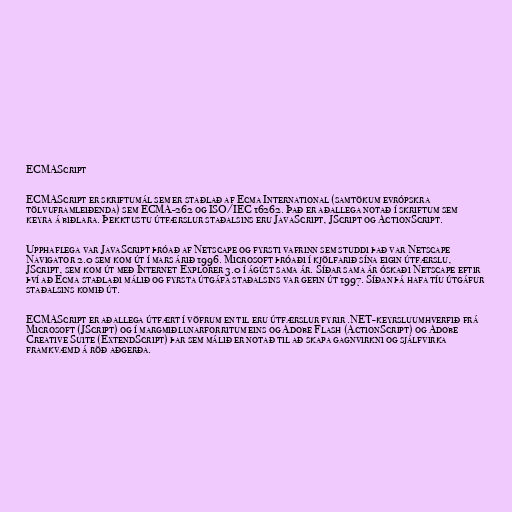
ECMAScript

ECMAScript er skriftumál sem er staðlað af Ecma International (samtökum evrópskra
tölvuframleiðenda) sem ECMA-262 og ISO/IEC 16262. Það er aðallega notað í skriftum sem
keyra á biðlara. Þekktustu útfærslur staðalsins eru JavaScript, JScript og ActionScript.

Upphaflega var JavaScript þróað af Netscape og fyrsti vafrinn sem studdi það var Netscape
Navigator 2.0 sem kom út í mars árið 1996. Microsoft þróaði í kjölfarið sína eigin útfærslu,
JScript, sem kom út með Internet Explorer 3.0 í ágúst sama ár. Síðar sama ár óskaði Netscape eftir
því að Ecma staðlaði málið og fyrsta útgáfa staðalsins var gefin út 1997. Síðan þá hafa tíu útgáfur
staðalsins komið út.

ECMAScript er aðallega útfært í vöfrum en til eru útfærslur fyrir .NET-keyrsluumhverfið frá
Microsoft (JScript) og í margmiðlunarforritum eins og Adobe Flash (ActionScript) og Adobe
Creative Suite (ExtendScript) þar sem málið er notað til að skapa gagnvirkni og sjálfvirka
framkvæmd á röð aðgerða.